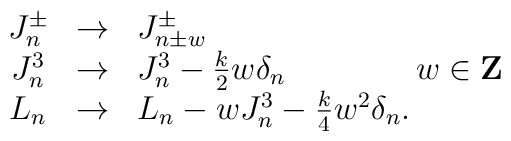
\begin{array}{ccl}J^\pm_n & \rightarrow & J^\pm_{n\pm w}\\J^3_n  & \rightarrow & J^3_n -{k\over 2} w \delta_n \qquad \qquad w \in {\bf Z}\\L_n  & \rightarrow & L_n - w J^3_n  -{k\over 4} w^2 \delta_n.\end{array}